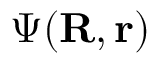
\Psi ( \mathbf { R } , \mathbf { r } )